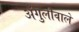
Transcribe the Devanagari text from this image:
अँगुलीवाले